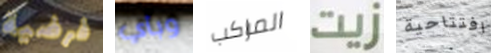
فرضية وبأي المراكب زيت افتتاحية